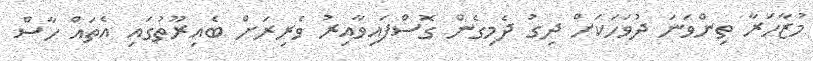
މުޒާހަރާ ތިންވަނަ ދުވަހަކަށް ދިގު ދެމިގެން ގޮސްފައިވާއިރު ވެރިރަށް ބެއިރޫތުގައި އެތައް ހާސް